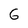
Character: 6